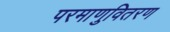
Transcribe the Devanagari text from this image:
परमाणुवितरण